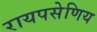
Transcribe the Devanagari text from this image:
रायपसेणिय